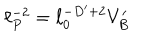
\ell _ { P } ^ { - 2 } = \ell _ { 0 } ^ { - D ^ { \prime } + 2 } V _ { B } ^ { \prime }